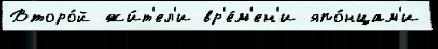
Второ́й жи́т'ел'и вр'е́м'ен'и япо́нцам'и